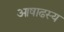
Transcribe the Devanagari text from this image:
आषाढस्य